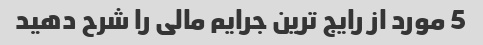
5 مورد از رایج ترین جرایم مالی را شرح دهید